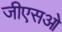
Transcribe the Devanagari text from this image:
जीएसओ